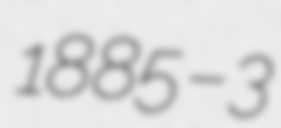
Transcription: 1885 – 3